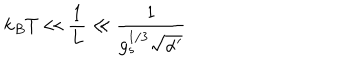
k _ { B } T \ll \frac { 1 } { L } \ll \frac { 1 } { g _ { s } ^ { 1 / 3 } \sqrt { \alpha ^ { \prime } } }